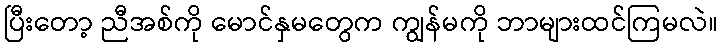
ပြီးတော့ ညီအစ်ကို မောင်နှမတွေက ကျွန်မကို ဘာများထင်ကြမလဲ။